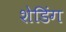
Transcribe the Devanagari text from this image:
शेडिंग